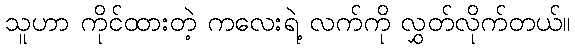
သူဟာ ကိုင်ထားတဲ့ ကလေးရဲ့ လက်ကို လွှတ်လိုက်တယ်။